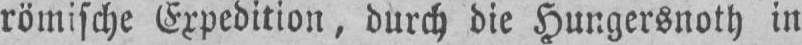
römische Expedition, durch die Hungersnoth in